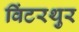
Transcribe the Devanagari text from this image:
विंटरथुर